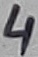
Text: 4